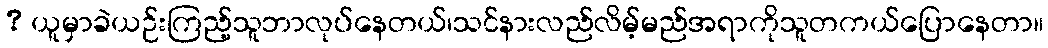
? ယူမှာခဲယဉ်းကြည့်သူဘာလုပ်နေတယ်၊သင်နားလည်လိမ့်မည်အရာကိုသူတကယ်ပြောနေတာ။